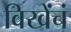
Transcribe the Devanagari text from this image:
विखेंचं